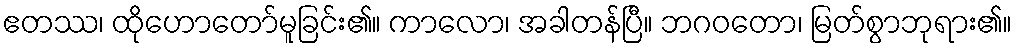
ဧတဿ၊ ထိုဟောတော်မူခြင်း၏။ ကာလော၊ အခါတန်ပြီ။ ဘဂဝတော၊ မြတ်စွာဘုရား၏။